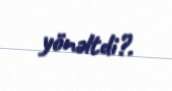
yönəltdi?.